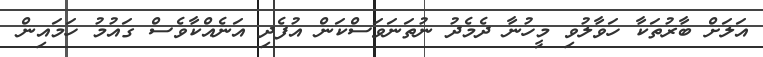
އަލަށް ބާރުތަކާ ހަވާލުވި މީހުނާ ދެމެދު ނުތަނަވަސްކަން އުފެދި އަނެއްކާވެސް ގައުމު ހަމައިން